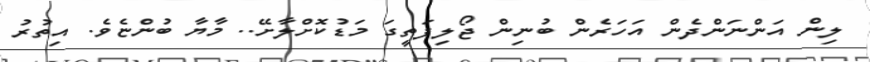
ލިން އަންނަންދެން އަހަރެން ބުނިން ޖޯލިފަތީގަ މަޑުކޮށްލާށޭ.. މާޔާ ބުންޏެވެ. އިތުރު